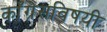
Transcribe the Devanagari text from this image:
काँग्रेसविषयी